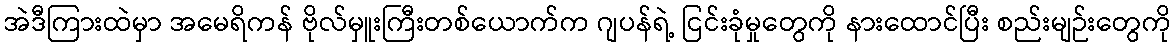
အဲဒီကြားထဲမှာ အမေရိကန် ဗိုလ်မှူးကြီးတစ်ယောက်က ဂျပန်ရဲ့ ငြင်းခုံမှုတွေကို နားထောင်ပြီး စည်းမျဉ်းတွေကို